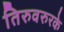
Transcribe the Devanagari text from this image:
तिरुवरुरके